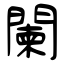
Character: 闌